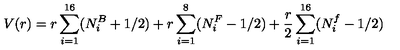
V ( r ) = r \sum _ { i = 1 } ^ { 1 6 } ( N _ { i } ^ { B } + 1 / 2 ) + r \sum _ { i = 1 } ^ { 8 } ( N _ { i } ^ { F } - 1 / 2 ) + \frac { r } { 2 } \sum _ { i = 1 } ^ { 1 6 } ( N _ { i } ^ { f } - 1 / 2 )